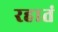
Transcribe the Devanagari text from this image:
रहातं